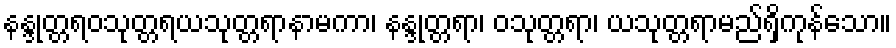
နန္ဒုတ္တရဝသုတ္တရယသုတ္တရာနာမကာ၊ နန္ဒုတ္တရာ၊ ဝသုတ္တရာ၊ ယသုတ္တရာမည်ရှိကုန်သော။